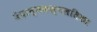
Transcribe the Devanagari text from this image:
वेदान्तकल्पलतिका